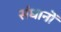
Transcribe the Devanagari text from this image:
संधानों